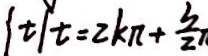
\vert t \vert = 2 k \pi + \frac { 3 } { 2 }